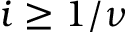
i \geq 1 / \nu